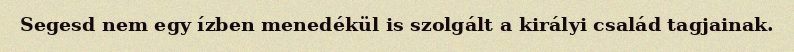
Segesd nem egy ízben menedékül is szolgált a királyi család tagjainak.